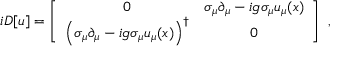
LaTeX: i D [ u ] = \left[ \begin{array} { c c } { { 0 } } & { { \sigma _ { \mu } \partial _ { \mu } - i g \sigma _ { \mu } u _ { \mu } ( x ) } } \\ { { \left( \sigma _ { \mu } \partial _ { \mu } - i g \sigma _ { \mu } u _ { \mu } ( x ) \right) ^ { \dagger } } } & { { 0 } } \end{array} \right] \ ,